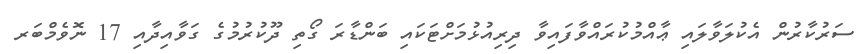
ސަރުކާރުން އެކުލަވާލައި ޢާއްމުކުރައްވާފައިވާ ދިރިއުޅުމަށްޓަކައި ބަންޑާރަ ގޯތި ދޫކުރުމުގެ ގަވާއިދާއި 17 ނޮވެމްބަރ